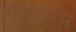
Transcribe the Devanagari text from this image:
गंगावरम